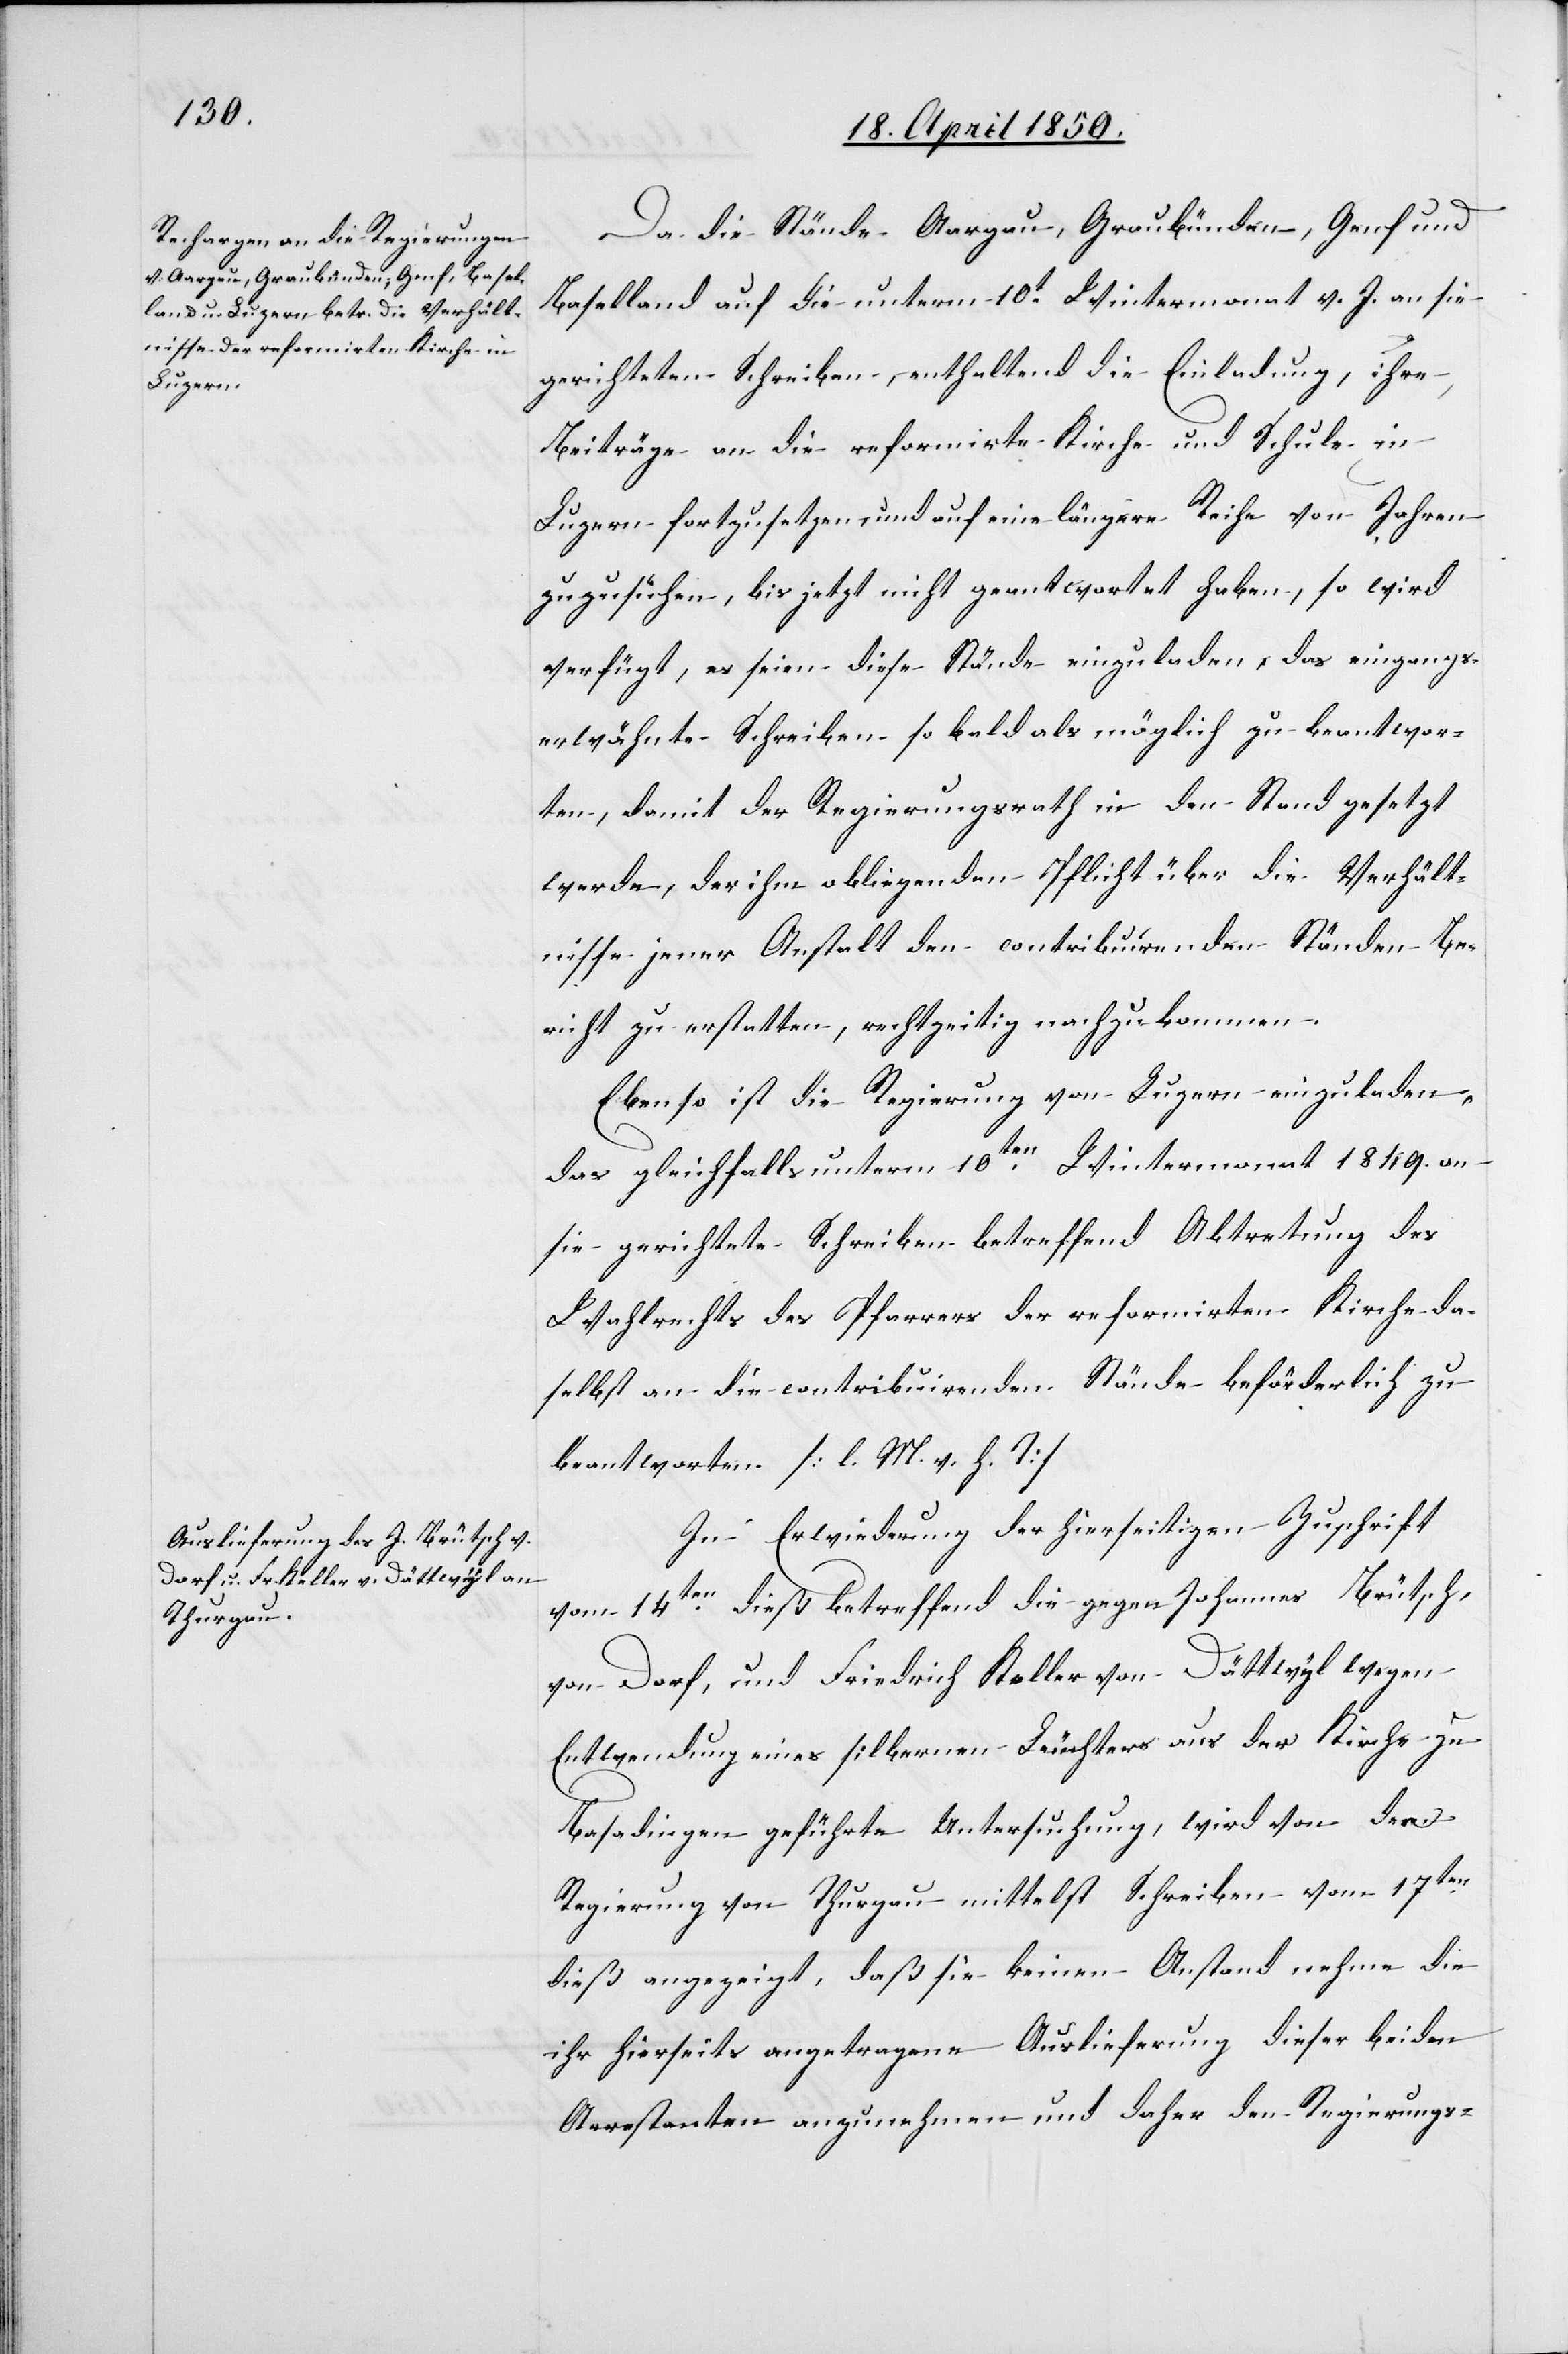
18. April 1850.]
Da die Stände Aargau, Graubünden, Genf und
Baselland auf die unterm 10t Wintermonat v. J. an sie
gerichteten Schreiben, enthaltend die Einladung, ihre,
Beiträge an die reformirte Kirche und Schule in
Luzern fortzusetzen, und auf eine längere Reihe von Jahren
zuzusehen], bis jetzt nicht geantwortet haben, so wird
verfügt, es seien diese Stände einzuladen, das eingangs¬
erwähnte Schreiben so bald als möglich zu beantwor¬
ten, damit der Regierungsrath in den Stand gesetzt
werde, der ihm obliegenden Pflicht über die Verhält¬
nisse jener Anstalt den contribuirenden Ständen Be¬
richt zu erstatten, rechtzeitig nachzukommen.
Ebenso ist die Regierung von Luzern einzuladen,
das gleichfalls unterm 10t Wintermonat 1849. an
sie gerichtete Schreiben betreffend Abtretung des
Wahlrechts des Pfarrers der reformirten Kirche da¬
selbst an die contribuirenden Stände beförderlich zu
beantworten [l. M. v. h. T]
In Erwiederung der hierseitigen Zuschrift
vom 14ten dieß betreffend die gegen Johannes Brütsch
von Dorf, und Friedrich Keller von Dättwyl wegen
Entwendung eines silbernen Leuchters aus der Kirche zu
Basadingen geführte Untersuchung, wird von der
Regierung von Thurgau mittelst Schreiben vom 17ten
dieß angezeigt, daß sie keinen Anstand nehme die
ihr hierseits angetragene Auslieferung dieser beiden
Arrestanten anzunehmen und daher den Regierungs-